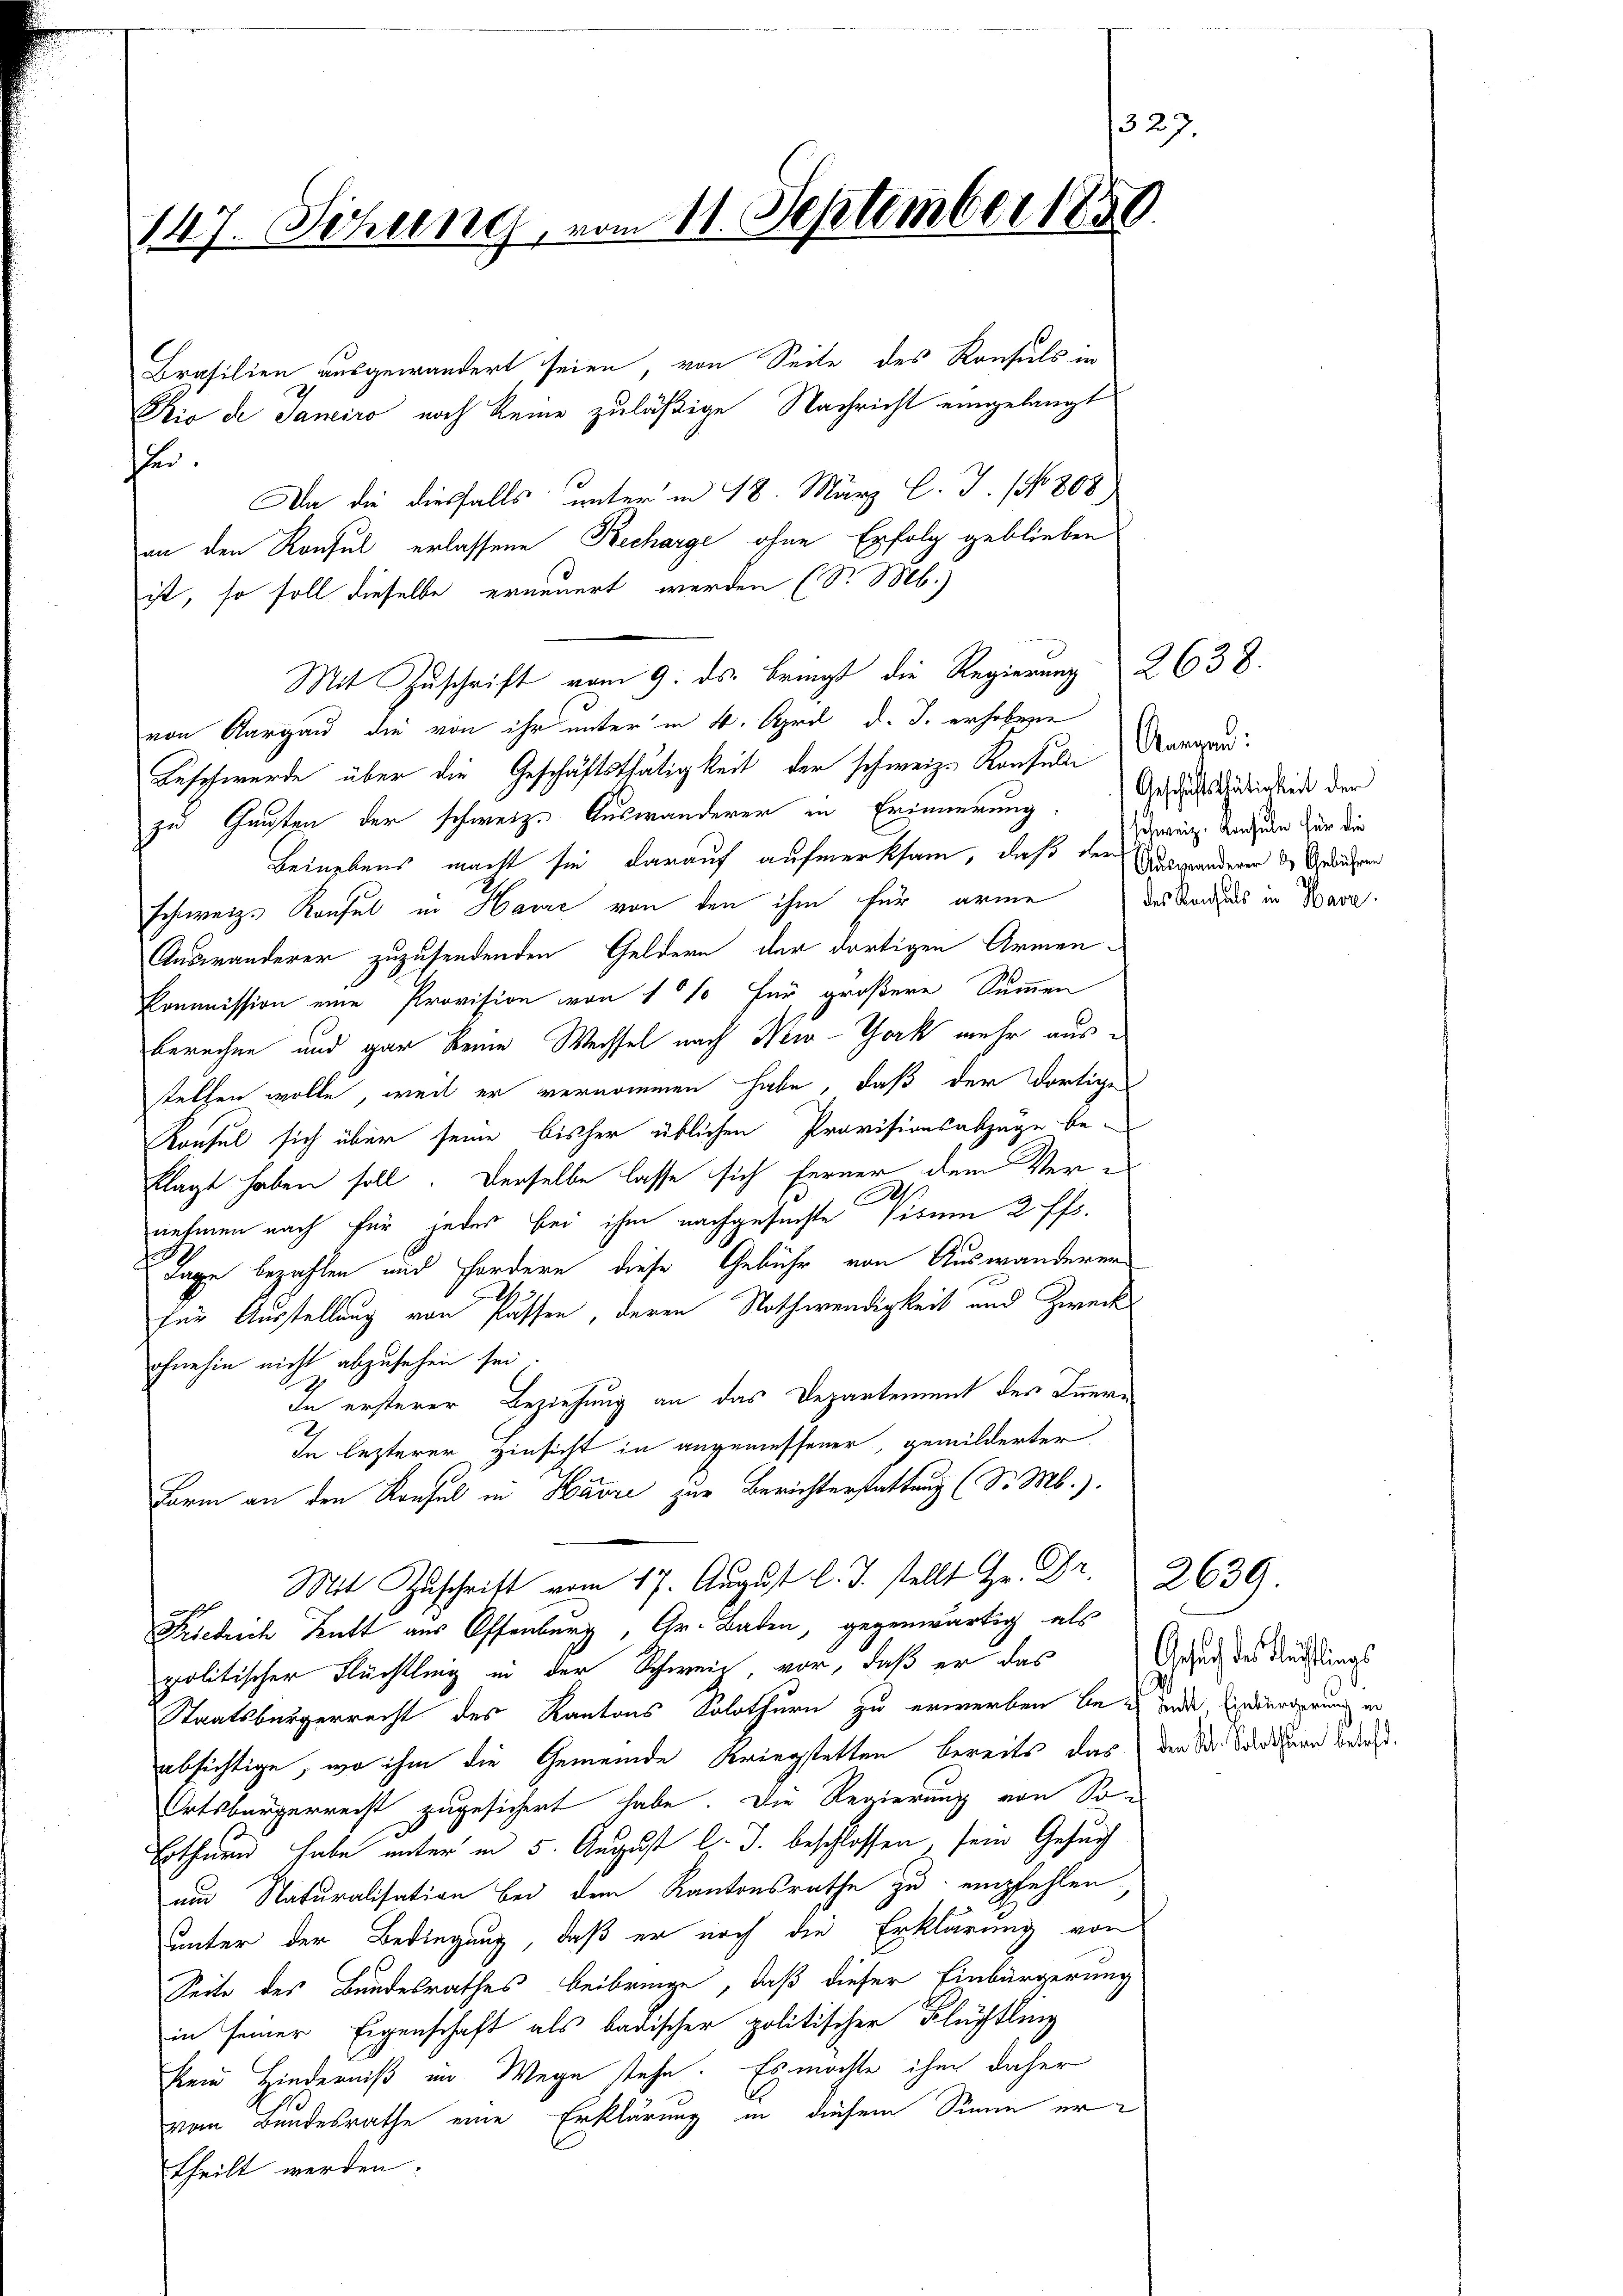
147. Sitzung, vom 11. September 188

Brasilien ausgewandert seien, von Seite des Konsuls in
Kio de Janeiro noch keine zuläßige Nachricht eingelangt
e.
Da die diesfalls unter in 18. März l. J. (N. 808
an den Konsul erlassene Recharge ohne Erfolg geblieben
ist, so soll dieselbe erneuert werden (S. M.)
Mit Zuschrift vom 9. ds. bringt die Regierung 2638:
von Aargau die von ihr unter in 4. April d. J. erhobene
Beschwerde über die Geschäftsthätigkeit der schweiz. Kontulie Kara
zu Gunsten der schweiz. Auswanderer in Erinnerung. Geschäftsthätigkeit der
Beinebens macht sie darauf aufmerksam, daß der abgeänderen der Gedenheren
schweiz. Konsul in Havre von den ihm für arme
Auswanderer zuzusendenden Geldern der dortigen Armen-
Kommission eine Provision von 10% für größere Summen
berechne und gar keine Wechsel nach New-York mehr aus e
stellen wolle, weil er vernommen habe, daß der dortige
Konsul sich über seine bisher üblichen Provisionsabzüge be-
klagt haben soll. Derselbe lasse sich ferner dem Vernehmen nach für jedes bei ihm nachgesuchte Visum 2 ff.
Tage bezahlen und Fordern diese Gebühr von Auswanderer
für Ausstellung von Passen, deren Nothwendigkeit und Zweck
ohnehin nicht abzusehen sei.
In ersterer Beziehung an das Departement des Inner¬
In lezterer Hinsicht in angemessener, gemilderter
Form an den Konsul in Havre zur Berichterstattung (S. Mb.).
Mit Zuschrift vom 17. August l. J. stellt Hr. Fr. 2639.
Friedrich Kutt aus Offenburg, Gr. Baden, gegenwärtig als
politischer Flüchtling in der Schweil, vor, daß er das
Staatsbürgerrecht des Kantons Solothurn zu erwerben bei und Einwürderung in
absichtige, wo ihm die Gemeinde Kriegstatten bereits das der Dr. Badezu beruht.
Ortsbürgerreist zugesichert habe. Die Regierung von So¬
Bothurn habe unter in 5. August l. J. beschlossen, sein Gesuch
um Naturalisation bei dem Kantonsrathe zu empfehlen,
unter der Bedingung, daß er noch die Erklärung von
Seite des Bundesrathes beibringe, daß dieser Einbürgerung
in seiner Eigenschaft als badischer politischer Flüchtling
kein Hinderniß im Wege stehe. Es möchte ihm daher
vom Bundesrathe eine Erklärung in diesem Sinne ertheilt werden.

schweiz. Konsuln für die
des Benthals in Hava

1327.

Gesuch des Fleistlings